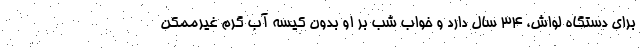
براي دستگاه لواش، ۳۴ سال دارد و خواب شب بر او بدون كيسه آب گرم غيرممكن